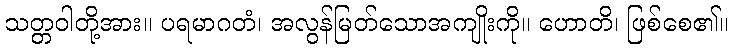
သတ္တဝါတို့အား။ ပရမာဂတံ၊ အလွန်မြတ်သောအကျိုးကို။ ဟောတိ၊ ဖြစ်စေ၏။